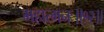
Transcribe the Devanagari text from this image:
महात्मनः॥१२॥